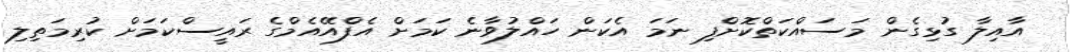
އާއިލާ ގުޅިގެން މަސައްކަތްކޮށްފި ނަމަ އެކަން ހައްލުވާނެ ކަމަށް އެފްއޭއެމްގެ ރައީސްކަމަށް ކުރިމަތިލި